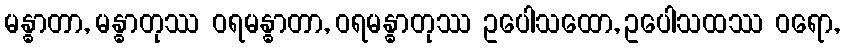
မန္ဓာတာ, မန္ဓာတုဿ ဝရမန္ဓာတာ, ဝရမန္ဓာတုဿ ဥပေါသထော, ဥပေါသထဿ ဝရော,